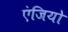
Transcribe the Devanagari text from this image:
एंजियो